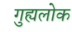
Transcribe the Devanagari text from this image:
गुह्यलोक